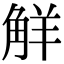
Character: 觧